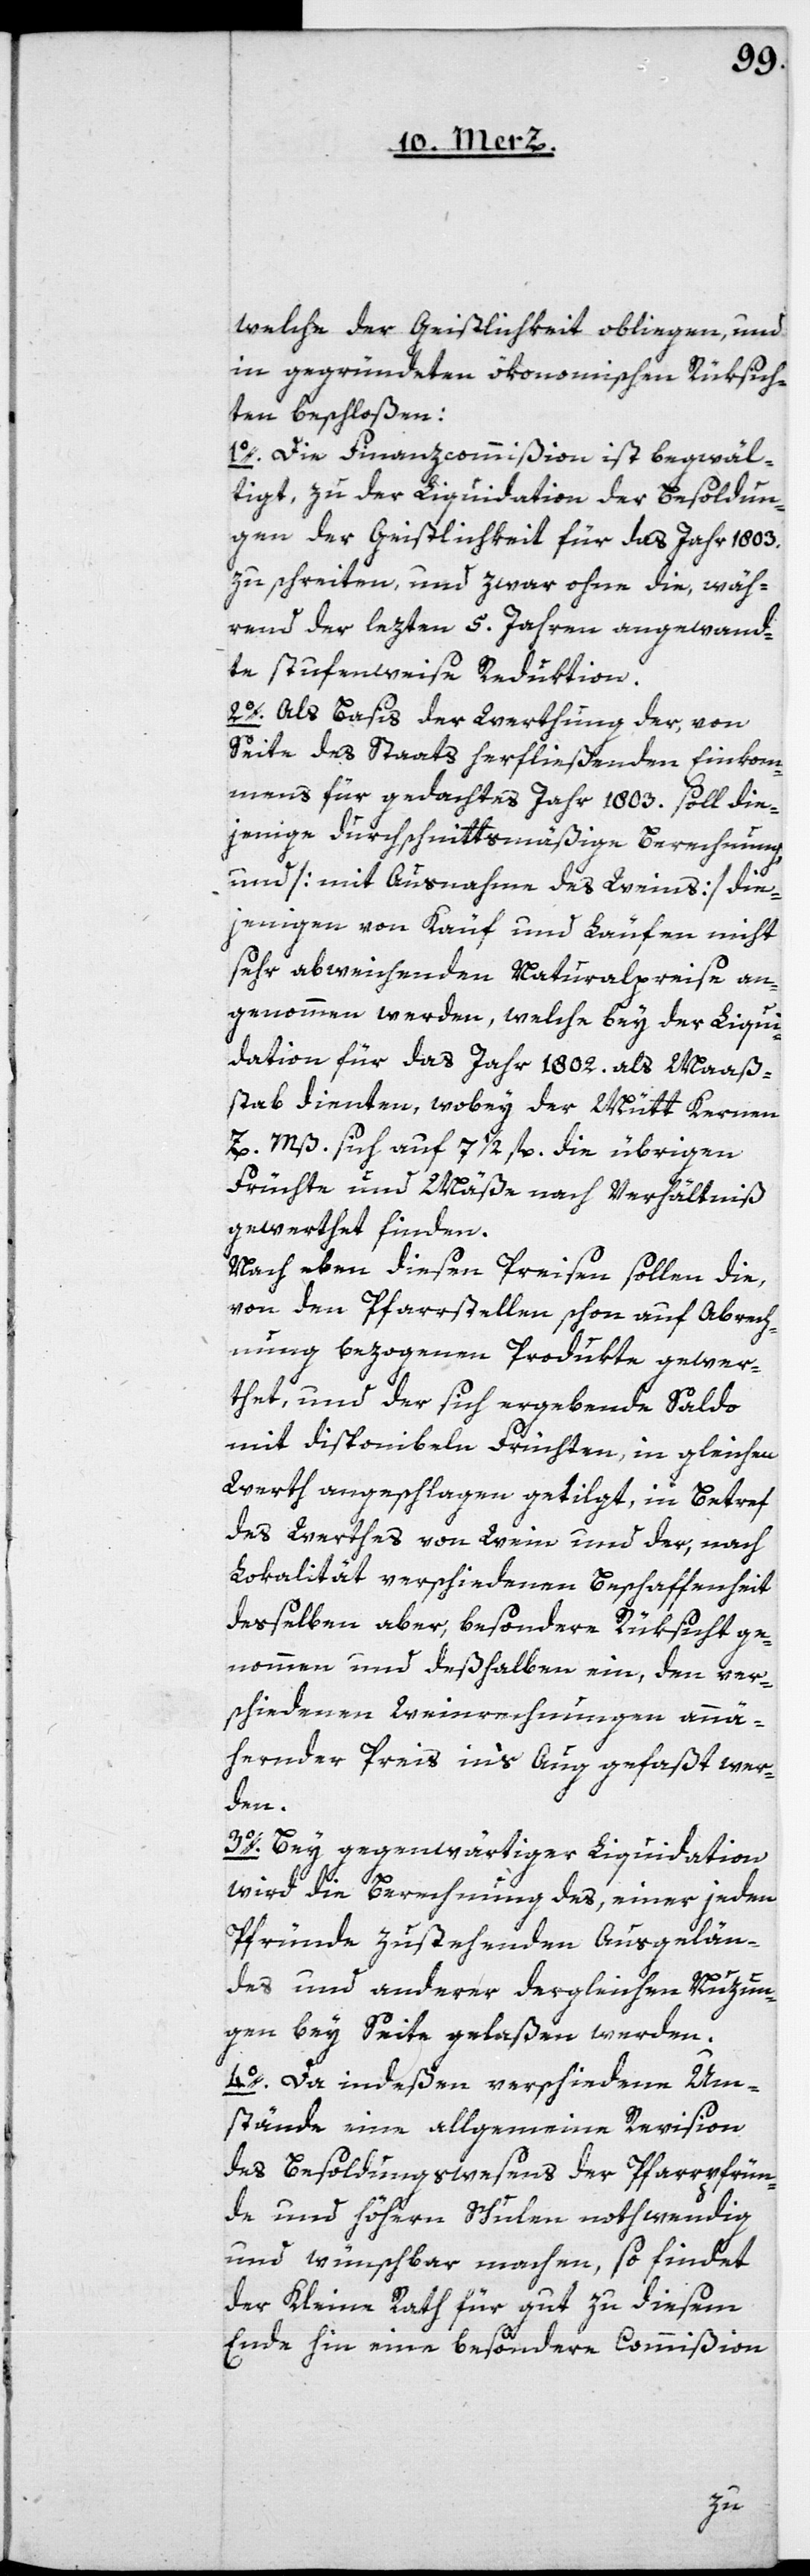
welche der Geistlichkeit obliegen, und
in gegründeten ökonomischen Rüksich¬
ten beschloßen:
1o. Die Finanzcommißion ist begwäl¬
tigt, zu der Liquidation der Besoldun¬
gen der Geistlichkeit für das Jahr 1803.
zu schreiten, und zwar ohne die, wäh¬
rend der lezten 5. Jahren angewand¬
te stufenweise Reduktion.
2o. Als Basis der Werthung der, von
Seite des Staats herfließenden Einkom¬
mens für gedachtes Jahr 1803. soll die¬
jenige durchschnittsmäßige Berechnung
und [mit Ausnahme des Weins] die¬
jenigen von Kauf und Läufen nicht
sehr abweichenden Naturalpreise an¬
genommen werden, welche bey der Liqui¬
dation für das Jahr 1802. als Maaß¬
stab dienten, wobey der Mütt Kernen
Z. Mß. sich auf 7 1/2 fl., die übrigen
Früchte und Mäße nach Verhältniß
gewerthet finden.
Nach eben diesen Preisen sollen die,
von den Pfarrstellen schon auf Abrech¬
nung bezogenen Produkte gewer¬
thet, und der sich ergebende Saldo
mit disponibeln Früchten, in gleichen
Werth angeschlagen getilgt, in Betreff
des Werthes von Wein und der, nach
Lokalität verschiedenen Beschaffenheit
desselben aber, besondere Rüksicht ge¬
nommen und deßhalben ein, den ver¬
schiedenen Weinrechnungen annä¬
hernder Preis in’s Auge gefaßt wer¬
den.
3o. Bey gegenwärtiger Liquidation
wird die Berechnung des, einer jeden
Pfründe zustehenden Ausgelän¬
des und anderer dergleichen Nuzun¬
gen bey Seite gelaßen werden.
4o. Da indeßen verschiedene Um¬
stände eine allgemeine Revision
des Besoldungswesens der Pfarrpfrün¬
de und höhern Schulen nothwendig
und wünschbar machen, so findet
der Kleine Rath für gut zu diesem
Ende hin eine besondere Commißion